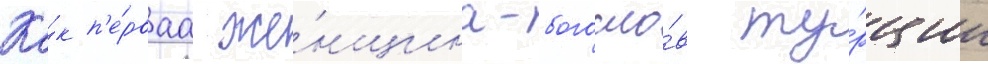
Ка́к п'е́рваа же́нщина-богосло́в ту́рции